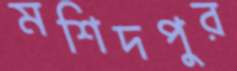
মশিদপুর